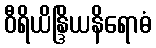
ဝီရိယိန္ဒြိယနိရောဓံ